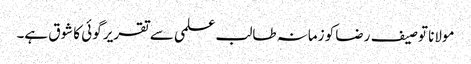
مولانا توصیف رضا کو زمانہ طالب علمی سے تقریر گوئی کا شوق ہے۔